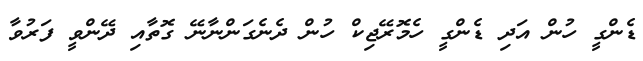
ޑެންގީ ހުން އަދި ޑެންގީ ހެމޮރޭޖިކް ހުން ދެނެގަންނާނޭ ގޮތާއި ދޭންވީ ފަރުވާ